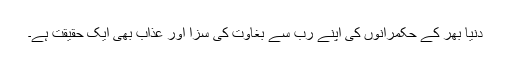
دنیا بھر کے حکمرانوں کی اپنے رب سے بغاوت کی سزا اور عذاب بھی ایک حقیقت ہے۔